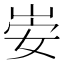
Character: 𫵻